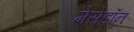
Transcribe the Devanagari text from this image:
मेसेडॉन